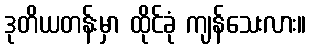
ဒုတိယတန်းမှာ ထိုင်ခုံ ကျန်သေးလား။